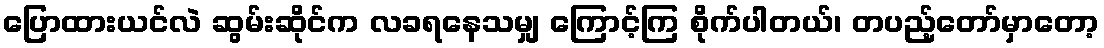
ပြောထားယင်လဲ ဆွမ်းဆိုင်က လခရနေသမျှ ကြောင့်ကြ စိုက်ပါတယ်၊ တပည့်တော်မှာတော့